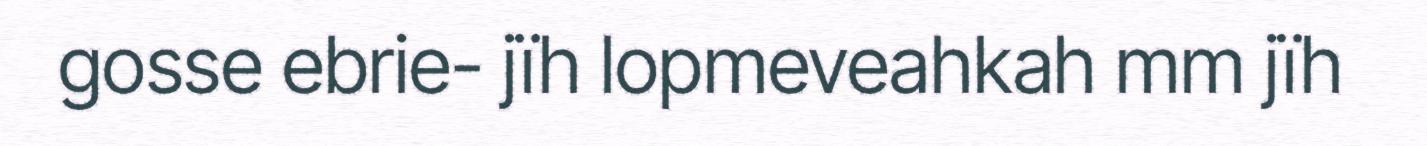
gosse ebrie- jïh lopmeveahkah mm jïh